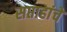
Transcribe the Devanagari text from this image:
सप्ताहांचे